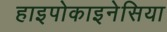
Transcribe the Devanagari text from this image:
हाइपोकाइनेसिया